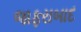
જાફરાબાદ